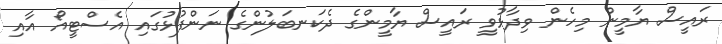
ރައީސް ޔާމީން މިހެން ވިދާޅުވީ ރައީސް ޔާމީންގެ ދެކަނބަލުންގެ ނަންފުޅުގައި އެސްޓީއޯ އާއި